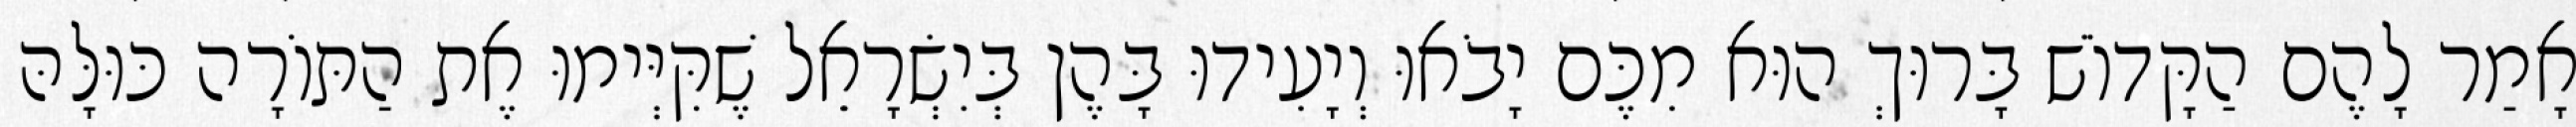
אָמַר לָהֶם הַקָּדוֹשׁ בָּרוּךְ הוּא מִכֶּם יָבֹאוּ וְיָעִידוּ בָּהֶן בְּיִשְׂרָאֵל שֶׁקִּיְּימוּ אֶת הַתּוֹרָה כּוּלָּהּ